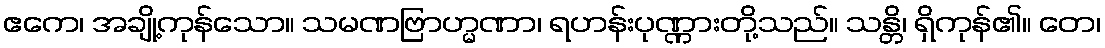
ဧကေ၊ အချို့ကုန်သော။ သမဏဗြာဟ္မဏာ၊ ရဟန်းပုဏ္ဏားတို့သည်။ သန္တိ၊ ရှိကုန်၏။ တေ၊